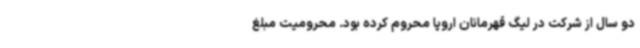
دو سال از شرکت در لیگ قهرمانان اروپا محروم کرده بود. محرومیت مبلغ